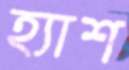
হ্যাশ